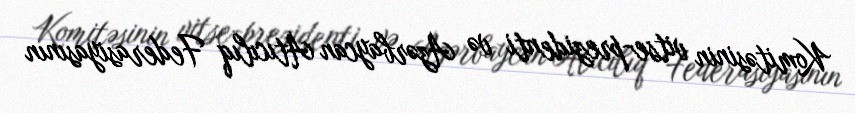
Komitəsinin vitse-prezidenti və Azərbaycan Atıcılıq Federasiyasının